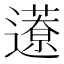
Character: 𨘎